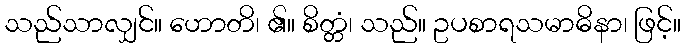
သည်သာလျှင်။ ဟောတိ၊ ၏။ စိတ္တံ၊ သည်။ ဥပစာရသမာဓိနာ၊ ဖြင့်။